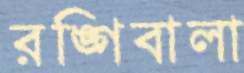
রঙ্গিবালা